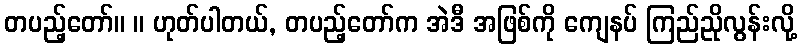
တပည့်တော်။ ။ ဟုတ်ပါတယ်, တပည့်တော်က အဲဒီ အဖြစ်ကို ကျေနပ် ကြည်ညိုလွန်းလို့